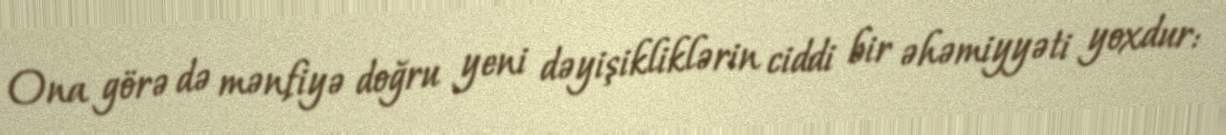
Ona görə də mənfiyə doğru yeni dəyişikliklərin ciddi bir əhəmiyyəti yoxdur: